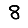
Digit: 8